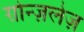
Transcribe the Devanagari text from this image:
ग़ोन्ज़लेज़